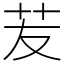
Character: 苃